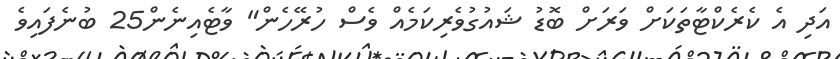
އަދި އެ ކެރެކްޓާތަކަށް ވަރަށް ބޮޑު ޝައުގުވެރިކަމެއް ވެސް ހުރޭހެން" ވާޓެއިނެން25 ބުނެފައިވެ